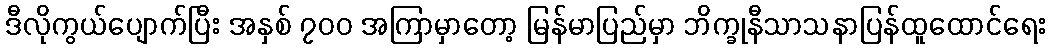
ဒီလိုကွယ်ပျောက်ပြီး အနှစ် ၇၀၀ အကြာမှာတော့ မြန်မာပြည်မှာ ဘိက္ခုနီသာသနာပြန်ထူထောင်ရေး